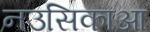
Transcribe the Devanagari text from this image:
नउसिकाआ